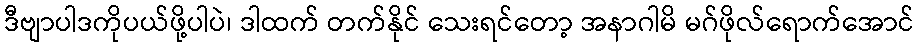
ဒီဗျာပါဒကိုပယ်ဖို့ပါပဲ၊ ဒါထက် တက်နိုင် သေးရင်တော့ အနာဂါမိ မဂ်ဖိုလ်ရောက်အောင်